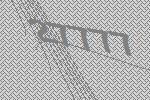
27777